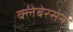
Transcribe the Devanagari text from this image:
क्लेबेरसन